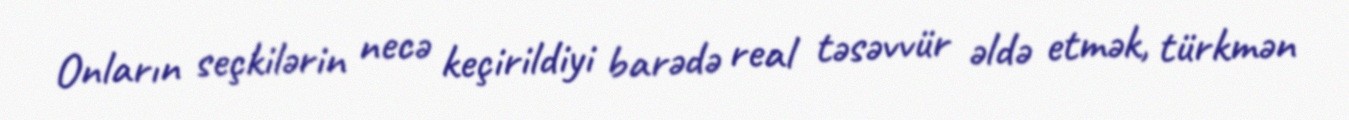
Onların seçkilərin necə keçirildiyi barədə real təsəvvür əldə etmək, türkmən